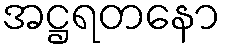
အဋ္ဌရတနော